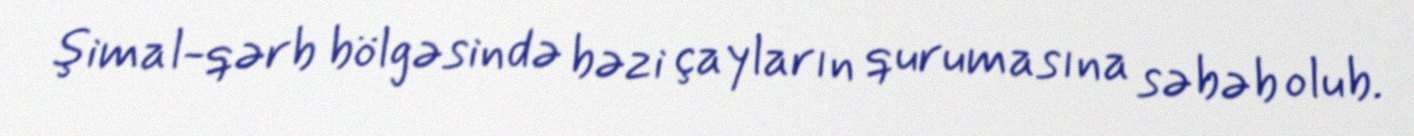
şimal-qərb bölgəsində bəzi çayların qurumasına səbəb olub.